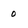
Character: 0